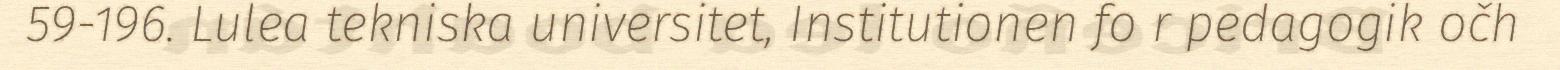
59-196. Lulea tekniska universitet, Institutionen fo r pedagogik očh